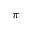
\pi